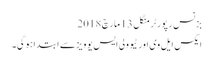
بزنس رپورٹر منگل 13 مارچ 2018
ایکس ایل وی اور ٹیوولی ایس یو ویزسے ابتداہوگی۔